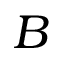
B